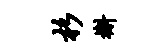
杉槲